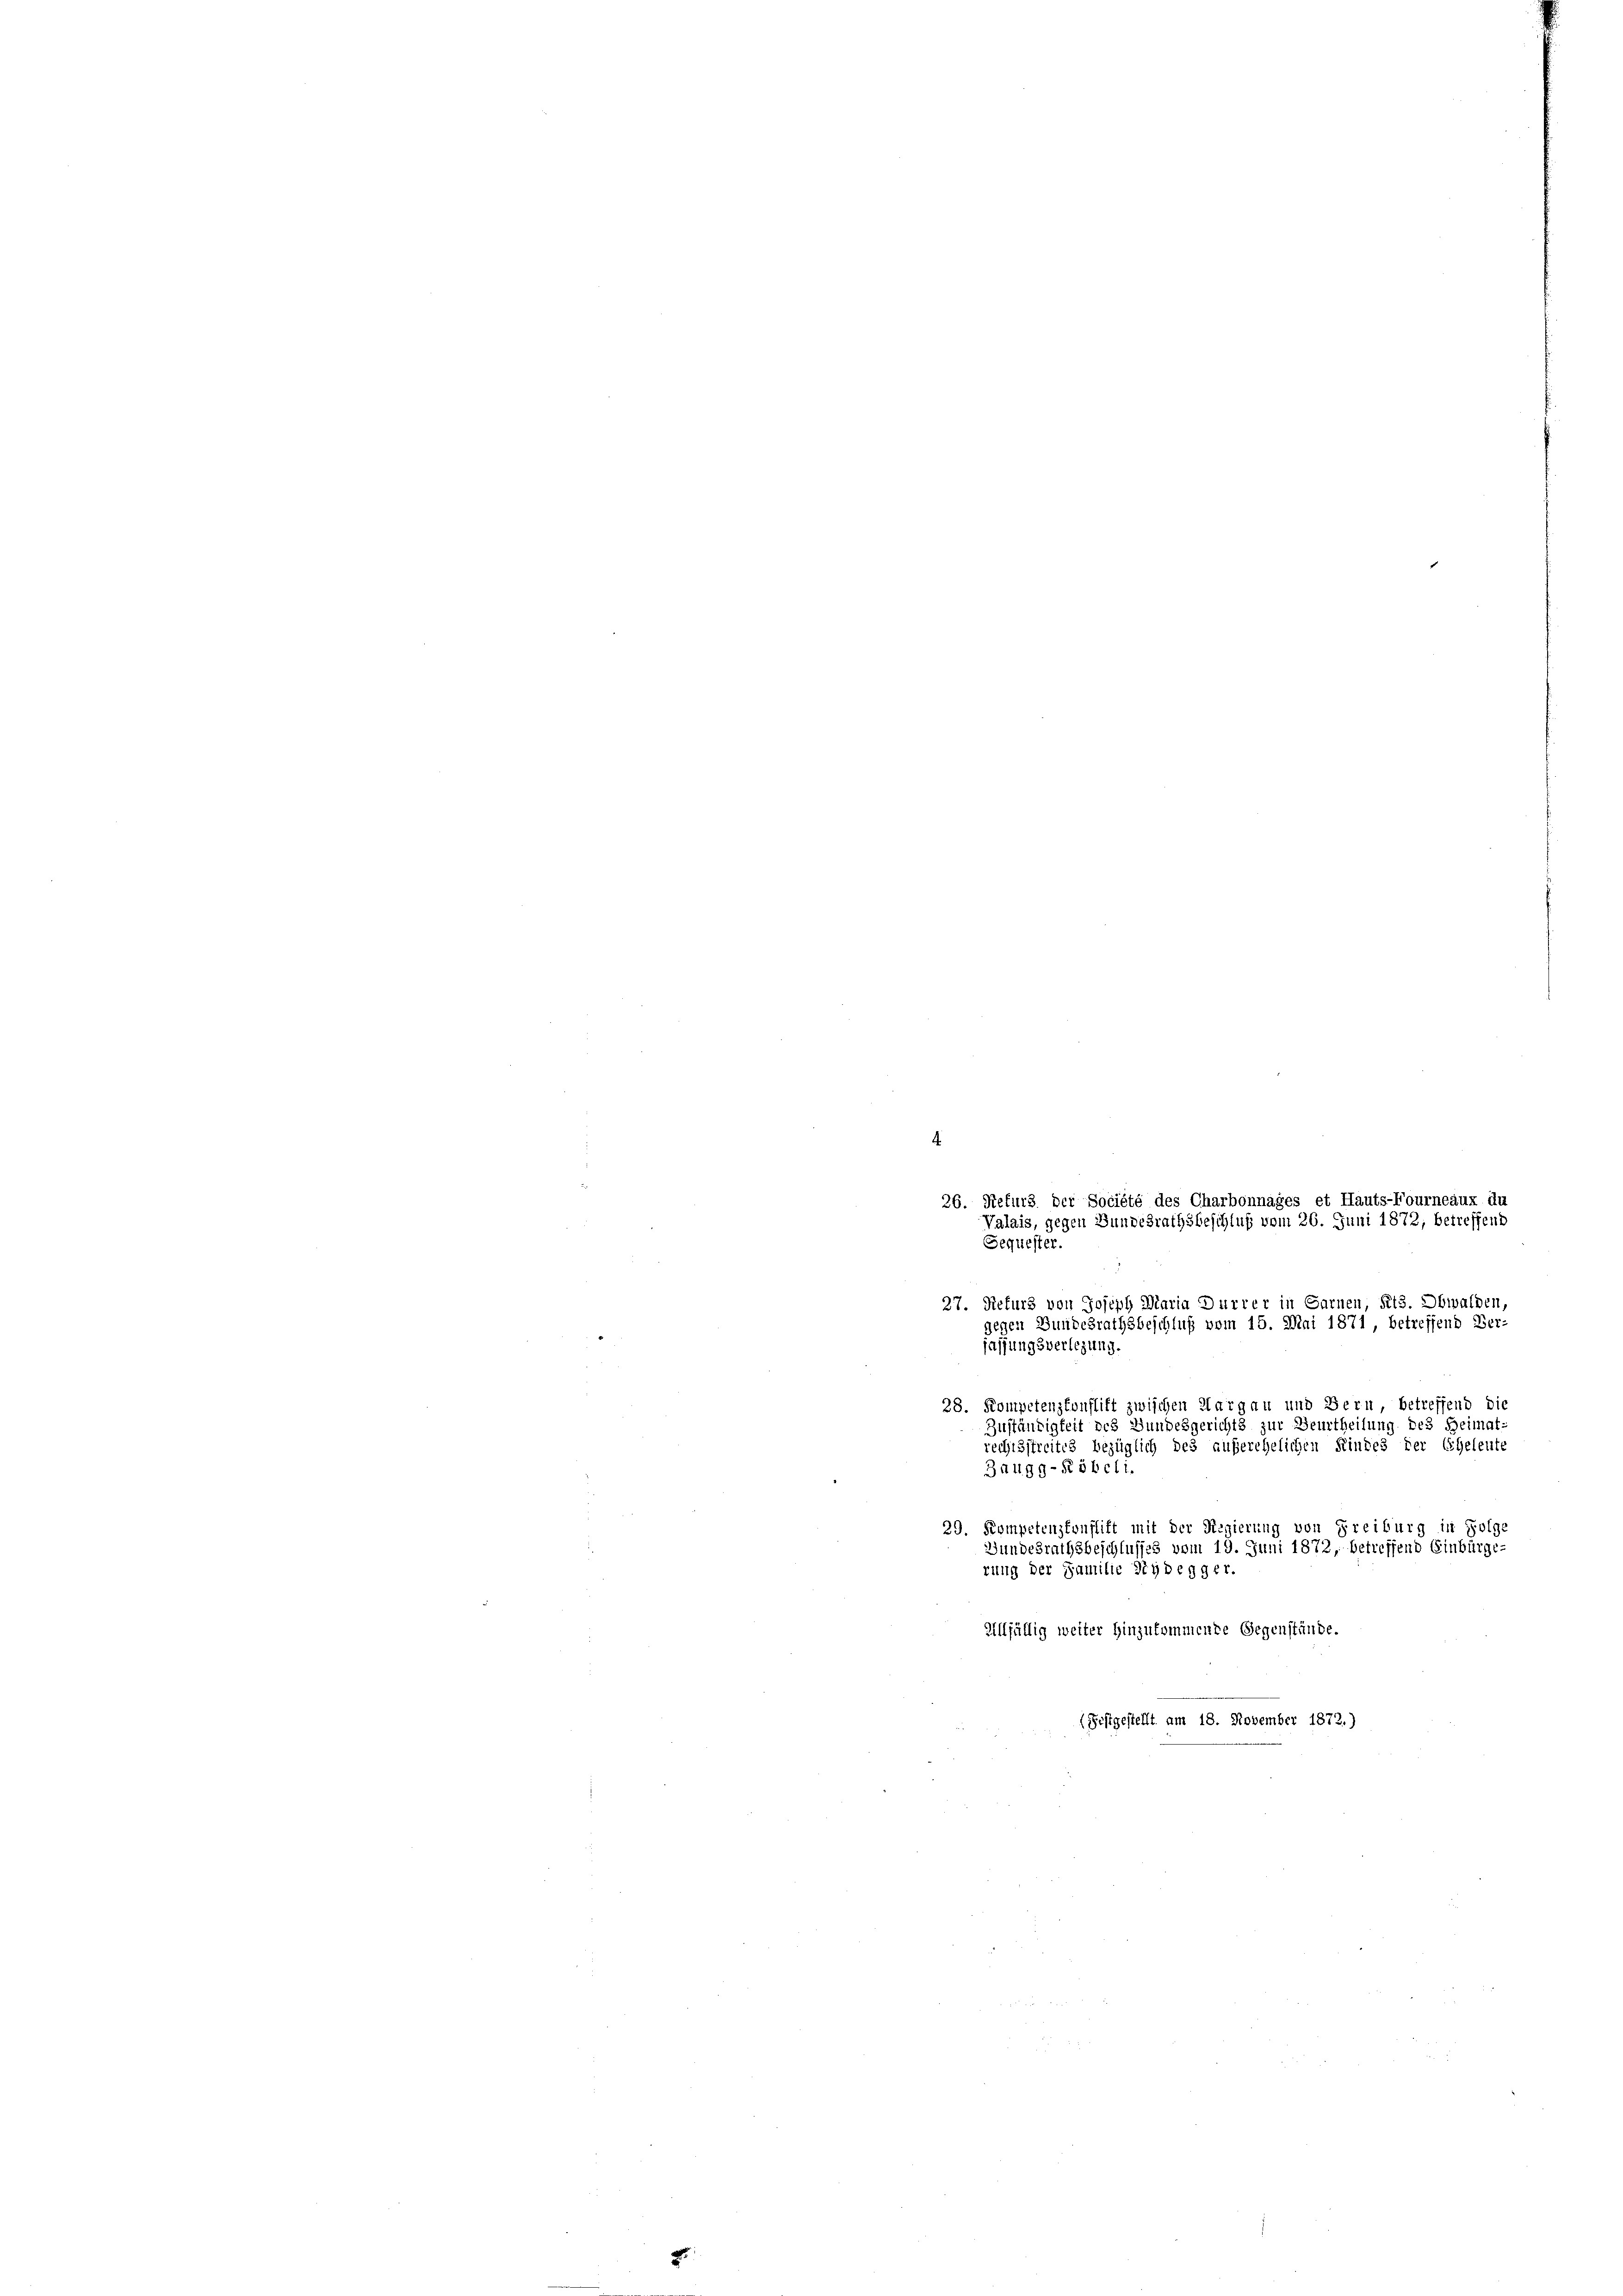
4
Sequester.
27. Refurs von Joseph Maria Dürrer in Sarnen, Pits. Obwalden,
gegen Bundesrathsbeschluß vom 15. Mai 1871, b.
reffend Ver-
jassungsverlegung.
28. Kompetenzkonflikt zwischen Margau und Bern, betreffend die
Zuständigkeit des Bundesgerichts zur Beurtheilung des Heimat-
rechtsstreites bezüglich des außerehelichen Kindes der Eheleute
-Röbeli
3
29. Kompetenzkonflift mit der Regierung von Freiburg in Folge
Bundesrathsbeschlusses vom 19. Juni 1872, betreffend Einbürge-
rung der Familie Tydegger.
Allfällig weiter Hinzukommende Gegenstände.
(Festgestellt am 18. November 1872.)

26. Refurs der Société des Charbonnages et Hauts-Fourneaux du
Valais, gegen Bundesrathsbeschluß vom 26. Juni 1872, betreffend